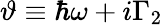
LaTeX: \vartheta\equiv\hbar\omega+i\Gamma_{2}